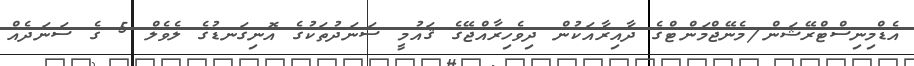
އެޑްމިނިސްޓްރޭޝަން/މެނޭޖްމަންޓްގެ ދާއިރާއަކުން ދިވެހިރާއްޖޭގެ ޤައުމީ ސަނަދުތަކުގެ އޮނިގަނޑުގެ ލެވެލް 5 ގެ ސަނަދެއް